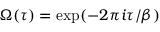
\Omega ( \tau ) = \exp ( - 2 \pi i \tau / \beta )